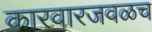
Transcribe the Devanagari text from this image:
कारवारजवळच